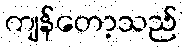
ကျန်တော့သည်